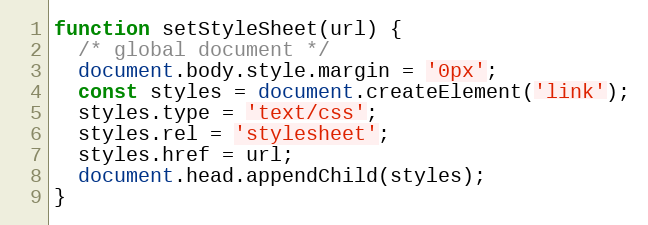
Language: JavaScript
function setStyleSheet(url) {
  /* global document */
  document.body.style.margin = '0px';
  const styles = document.createElement('link');
  styles.type = 'text/css';
  styles.rel = 'stylesheet';
  styles.href = url;
  document.head.appendChild(styles);
}